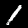
Digit: 1